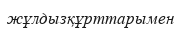
жұлдызқұрттарымен